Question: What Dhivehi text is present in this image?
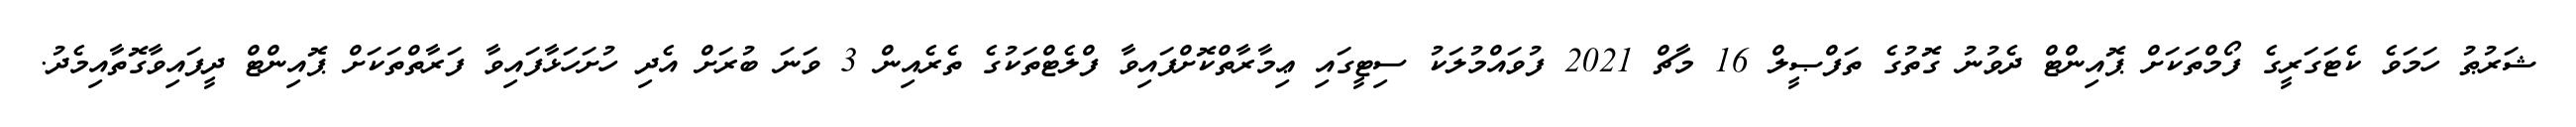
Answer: ޝަރުޠު ހަމަވެ ކެޓަގަރީގެ ފޯމްތަކަށް ޕޮއިންޓް ދެވުނު ގޮތުގެ ތަފްޞީލް 16 މާޗް 2021 ފުވައްމުލަކު ސިޓީގައި ޢިމާރާތްކޮށްފައިވާ ފްލެޓްތަކުގެ ތެރެއިން 3 ވަނަ ބުރަށް އެދި ހުށަހަޅާފައިވާ ފަރާތްތަކަށް ޕޮއިންޓް ދީފައިވާގޮތާއިމެދު.